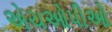
એચઓપીઓ